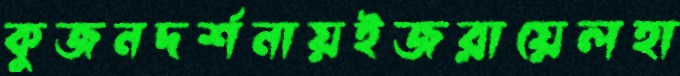
কুজনদর্শনায়ইজরায়েলহা